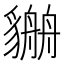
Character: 𧴏